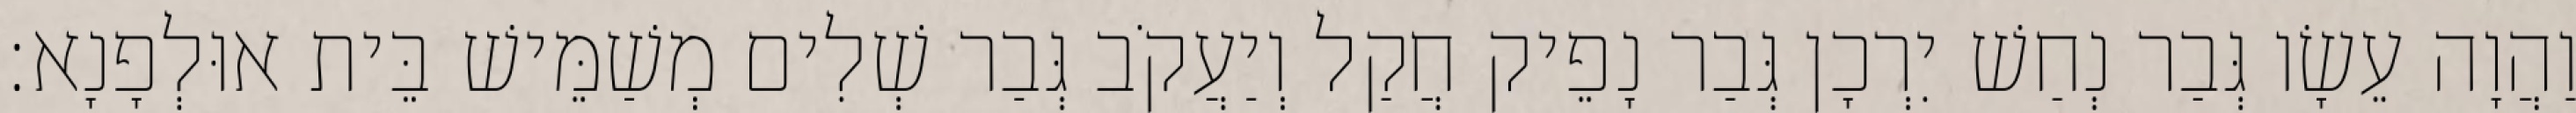
וַהֲוָה עֵשָׂו גְּבַר נְחַשׁ יִרְכָן גְּבַר נָפֵיק חֲקַל וְיַעֲקֹב גְּבַר שְׁלִים מְשַׁמֵּישׁ בֵּית אוּלְפָנָא׃